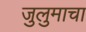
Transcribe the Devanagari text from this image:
जुलुमाचा